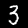
Digit: 3